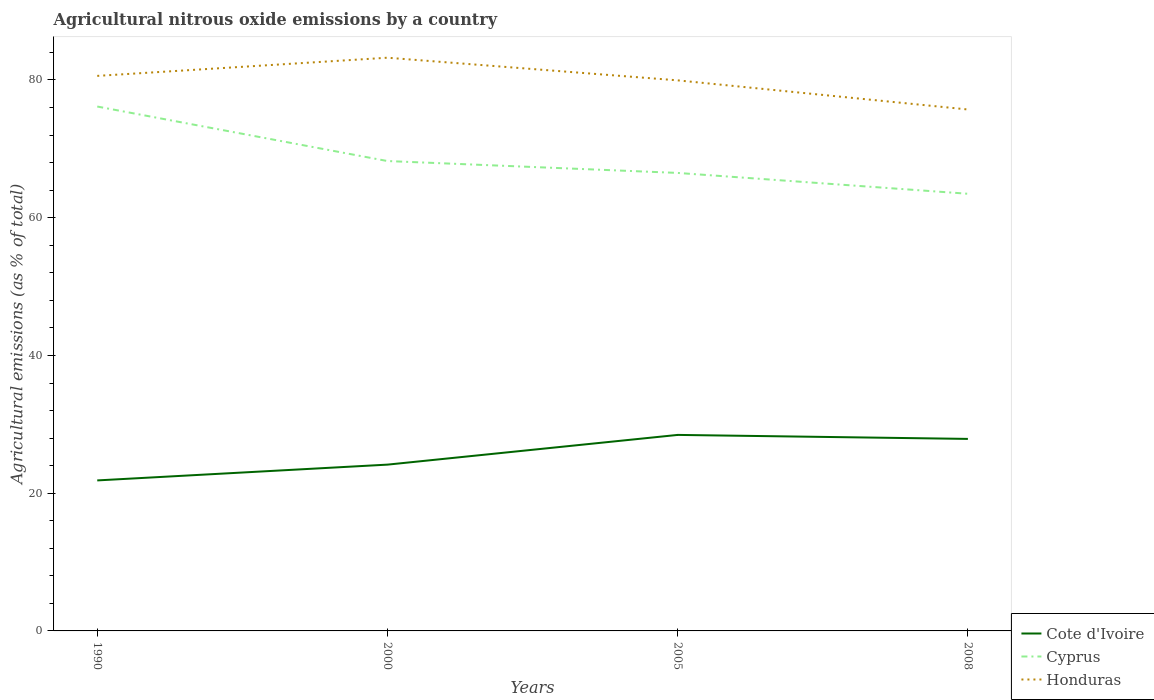
| Years | Cote d'Ivoire | Cyprus | Honduras |
 | --- | --- | --- | --- |
 | 1990 | 21.9 | 76.1 | 80.6 |
 | 2000 | 24.1 | 68.2 | 83.2 |
 | 2005 | 28.5 | 66.5 | 79.9 |
 | 2008 | 27.9 | 63.5 | 75.7 |